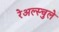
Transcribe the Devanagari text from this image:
रेअल्स्चुले